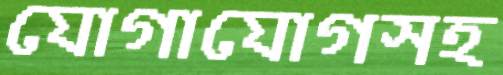
যোগাযোগসহ